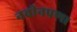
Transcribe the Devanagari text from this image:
नवीनपणा